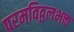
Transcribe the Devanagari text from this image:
परमविठ्ठलभक्त